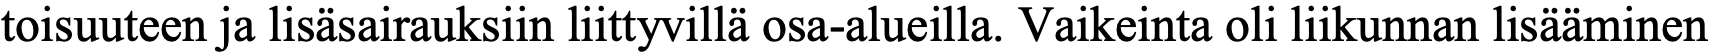
toisuuteen ja lisäsairauksiin liittyvillä osa-alueilla. Vaikeinta oli liikunnan lisääminen